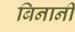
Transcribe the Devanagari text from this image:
बिनानी